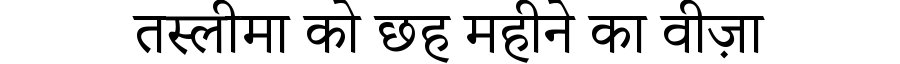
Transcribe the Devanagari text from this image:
तस्लीमा को छह महीने का वीज़ा